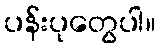
ပန်းပုတွေပါ။